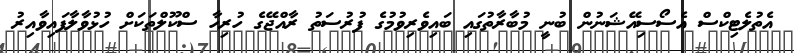
އެތުލެޓިކްސް އެސޯސިއޭޝަނުން ބުނީ މުބާރާތުގައި ބައިވެރިވުމުގެ ފުރުސަތު ރާއްޖޭގެ ހުރިހާ ސްކޫލްތަކަށް ހުޅުވާލާފައިވާއިރު